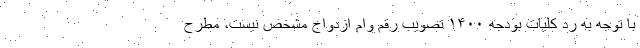
با توجه به رد کلیات بودجه ۱۴۰۰ تصویب رقم وام ازدواج مشخص نیست، مطرح